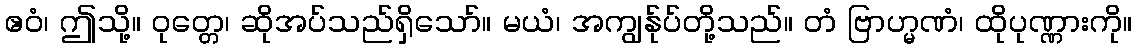
ဧဝံ၊ ဤသို့။ ဝုတ္တေ၊ ဆိုအပ်သည်ရှိသော်။ မယံ၊ အကျွန်ုပ်တို့သည်။ တံ ဗြာဟ္မဏံ၊ ထိုပုဏ္ဏားကို။